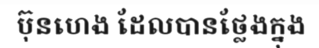
ប៊ុនហេង ដែលបានថ្លែងក្នុង